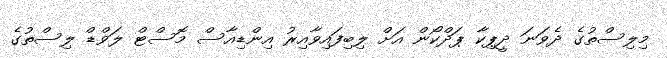
މިލިސްތުގެ ދެވަނަ ދީޕިކާ ޕަދްކޯން އަށް ލިބިފައިވާއިރު އިންޑިއާސް މޮސްޓް ލަވްޑް ލިސްތުގެ